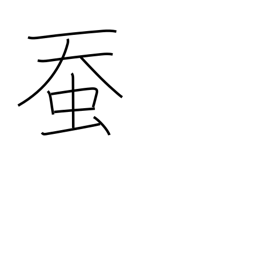
Meaning: silkworm